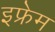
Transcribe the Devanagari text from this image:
इफ्रेम